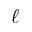
\ell